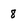
Character: 8